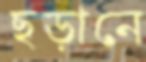
ছড়ানে